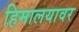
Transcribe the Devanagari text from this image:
हिमालयावर